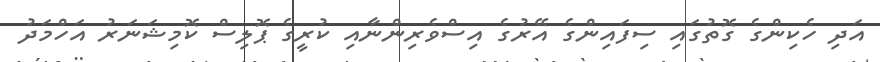
އަދި ހެކިންގެ ގޮތުގައި ސިފައިންގެ އޭރުގެ އިސްވެރިންނާއި ކުރީގެ ޕޮލިސް ކޮމިޝަނަރު އަހްމަދު